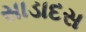
સાડાદસ